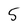
Character: 5